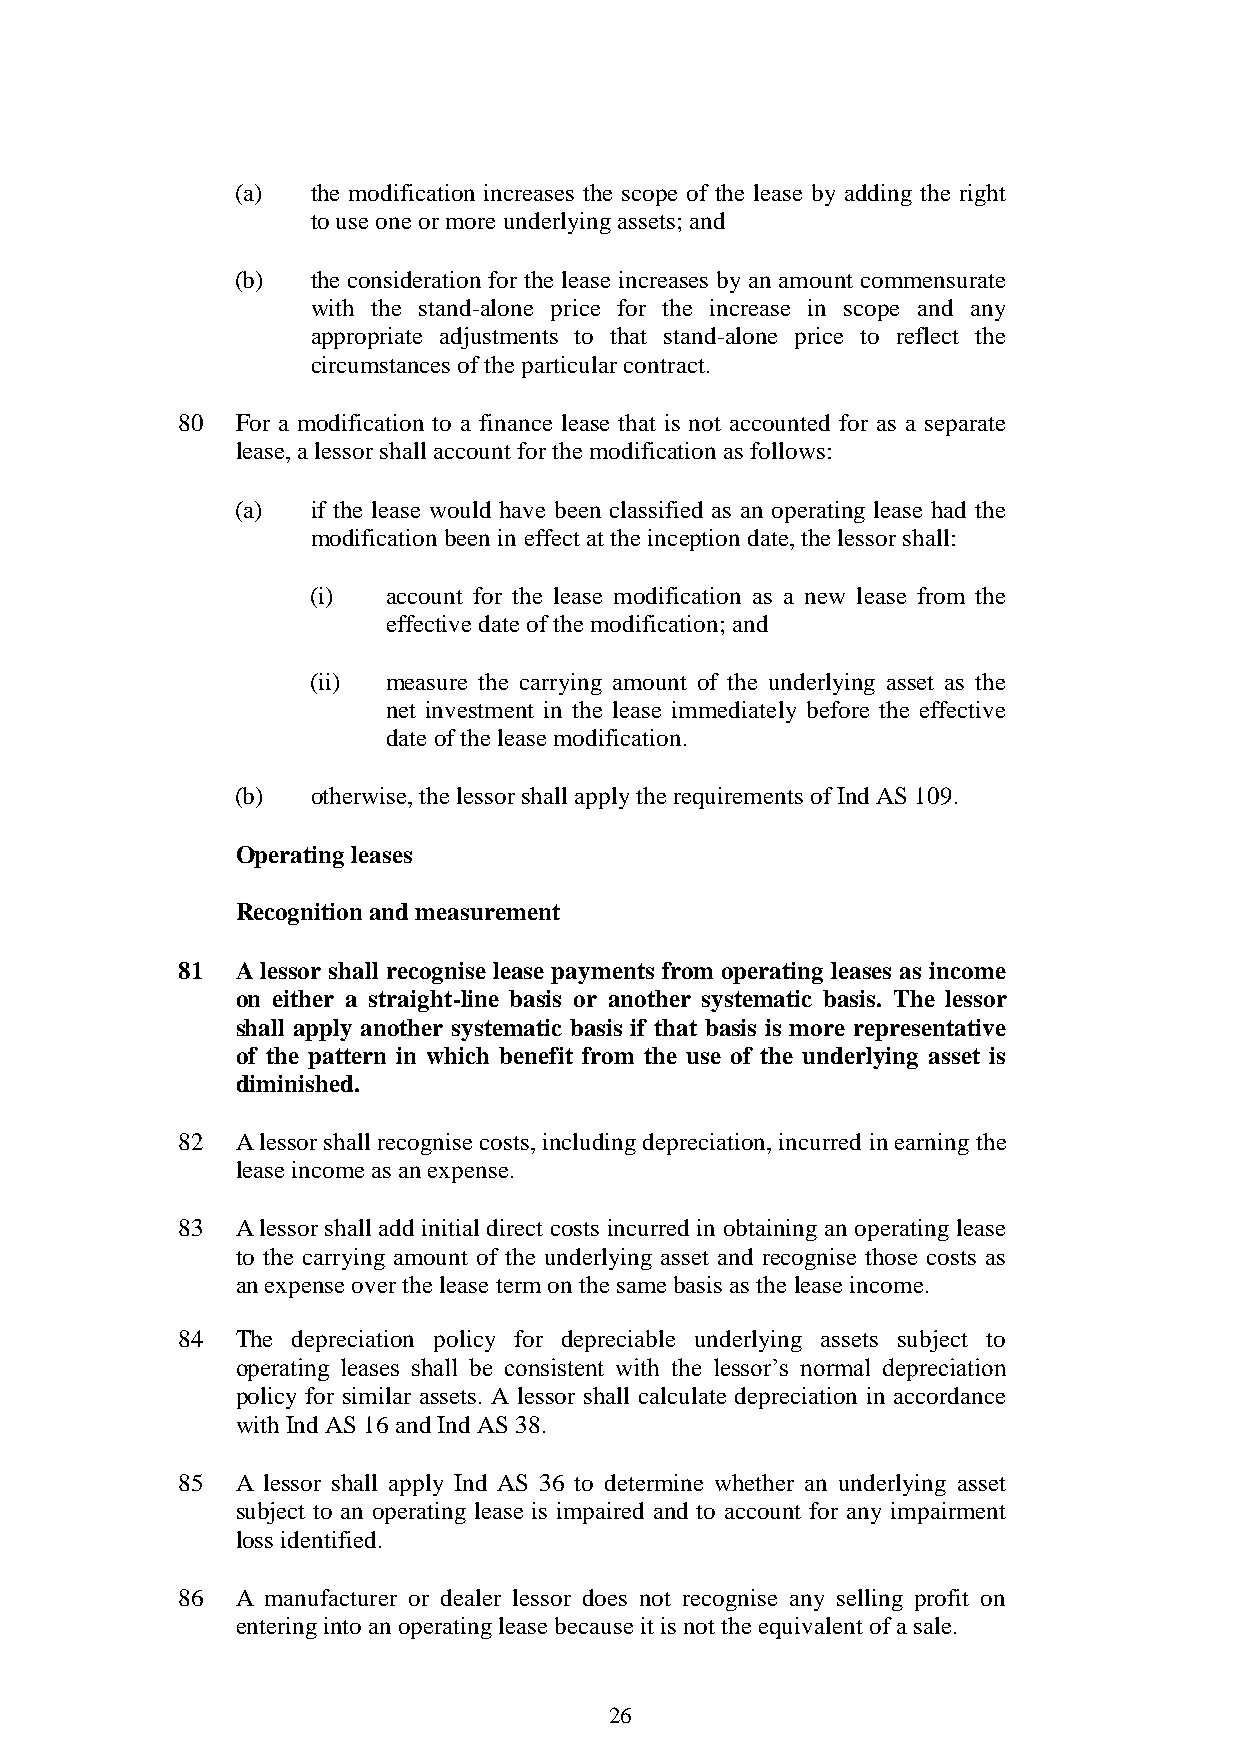
(a)  the modification increases the scope of the lease by adding the right
 to use one or more underlying assets; and
 (b)  the consideration for the lease increases by an amount commensurate
 with the stand-alone price for the increase in scope and any
 appropriate adjustments to that stand-alone price to reflect the
 circumstances of the particular contract.
 80  For a modification to a finance lease that is not accounted for as a separate
 lease, a lessor shall account for the modification as follows:
 (a)  if the lease would have been classified as an operating lease had the
 modification been in effect at the inception date, the lessor shall:
 (i)   account for the lease modification as a new lease from the
 effective date of the modification; and
 (ii)  measure the carrying amount of the underlying asset as the
 net investment in the lease immediately before the effective
 date of the lease modification.
 (b)  otherwise, the lessor shall apply the requirements of Ind AS 109.
 Operating leases
 Recognition and measurement
 81  A lessor shall recognise lease payments from operating leases as income
 on either a straight-line basis or another systematic basis. The lessor
 shall apply another systematic basis if that basis is more representative
 of the pattern in which benefit from the use of the underlying asset is
 diminished.
 82  A lessor shall recognise costs, including depreciation, incurred in earning the
 lease income as an expense.
 83  A lessor shall add initial direct costs incurred in obtaining an operating lease
 to the carrying amount of the underlying asset and recognise those costs as
 an expense over the lease term on the same basis as the lease income.
 84  The depreciation policy for depreciable underlying assets subject to
 operating leases shall be consistent with the lessor’s normal depreciation
 policy for similar assets. A lessor shall calculate depreciation in accordance
 with Ind AS 16 and Ind AS 38.
 85  A lessor shall apply Ind AS 36 to determine whether an underlying asset
 subject to an operating lease is impaired and to account for any impairment
 loss identified.
 86  A manufacturer or dealer lessor does not recognise any selling profit on
 entering into an operating lease because it is not the equivalent of a sale.
 26